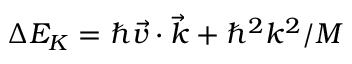
\Delta E _ { K } = \hbar \vec { v } \cdot \vec { k } + \hbar ^ { 2 } k ^ { 2 } / M